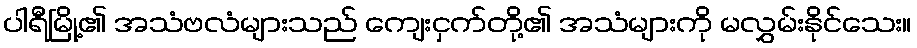
ပါရီမြို့၏ အသံဗလံများသည် ကျေးငှက်တို့၏ အသံများကို မလွှမ်းနိုင်သေး။